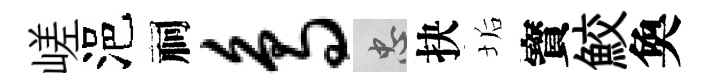
嵯浥祠鸟忠抉垢寳鮫奐